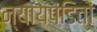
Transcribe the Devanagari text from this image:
न्यायपंडितों